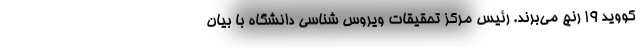
کووید ۱۹ رنج می‌برند. رئیس مرکز تحقیقات ویروس شناسی دانشگاه با بیان